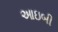
આઇબી